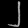
Digit: ၂